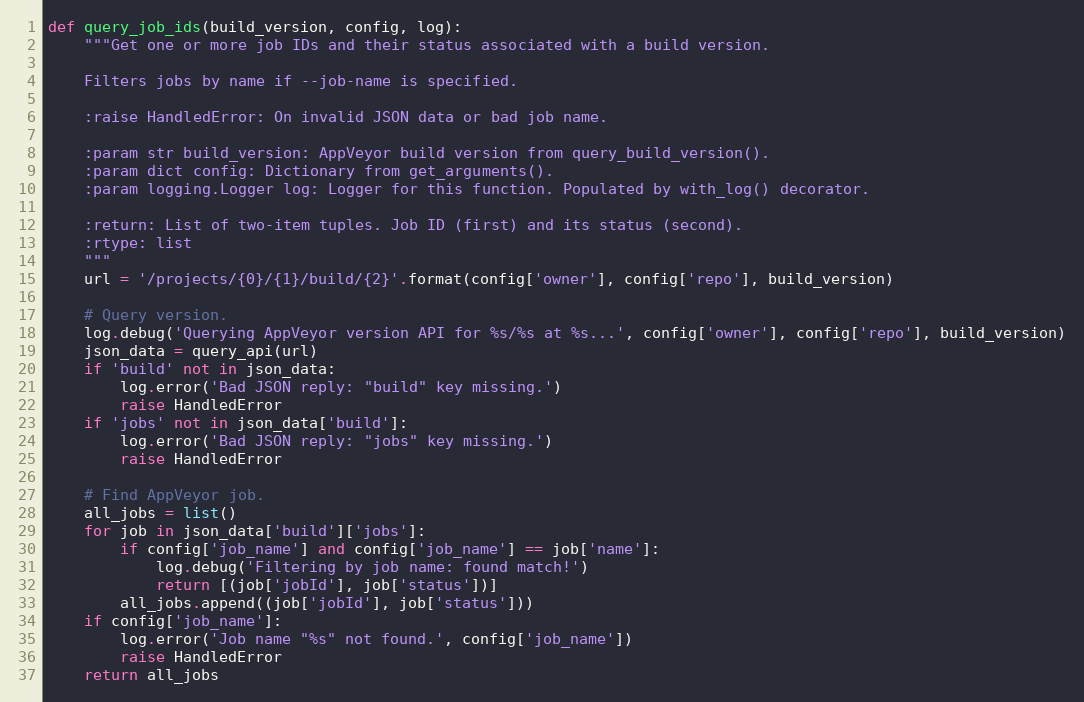
Language: Python
def query_job_ids(build_version, config, log):
    """Get one or more job IDs and their status associated with a build version.

    Filters jobs by name if --job-name is specified.

    :raise HandledError: On invalid JSON data or bad job name.

    :param str build_version: AppVeyor build version from query_build_version().
    :param dict config: Dictionary from get_arguments().
    :param logging.Logger log: Logger for this function. Populated by with_log() decorator.

    :return: List of two-item tuples. Job ID (first) and its status (second).
    :rtype: list
    """
    url = '/projects/{0}/{1}/build/{2}'.format(config['owner'], config['repo'], build_version)

    # Query version.
    log.debug('Querying AppVeyor version API for %s/%s at %s...', config['owner'], config['repo'], build_version)
    json_data = query_api(url)
    if 'build' not in json_data:
        log.error('Bad JSON reply: "build" key missing.')
        raise HandledError
    if 'jobs' not in json_data['build']:
        log.error('Bad JSON reply: "jobs" key missing.')
        raise HandledError

    # Find AppVeyor job.
    all_jobs = list()
    for job in json_data['build']['jobs']:
        if config['job_name'] and config['job_name'] == job['name']:
            log.debug('Filtering by job name: found match!')
            return [(job['jobId'], job['status'])]
        all_jobs.append((job['jobId'], job['status']))
    if config['job_name']:
        log.error('Job name "%s" not found.', config['job_name'])
        raise HandledError
    return all_jobs